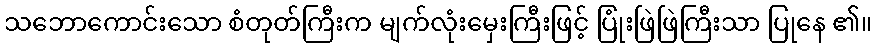
သဘောကောင်းသော စံတုတ်ကြီးက မျက်လုံးမှေးကြီးဖြင့် ပြုံးဖြဲဖြဲကြီးသာ ပြုနေ ၏။